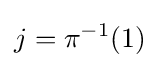
j=\pi ^{-1}(1)